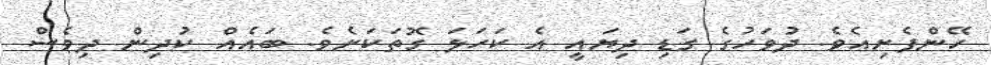
ހޭންފެށިއެވެ. ދުވަހުގެ ގަޑި ދިޔައީ އެ ކަހަލަ ގޮތަކަށެވެ. ބައެއް ކުދިން ދިވެސް